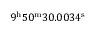
9 ^ { \mathrm { h } } 5 0 ^ { \mathrm { m } } 3 0 . 0 0 3 4 ^ { \mathrm { s } }